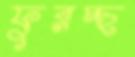
ফুরচ্ছ